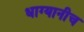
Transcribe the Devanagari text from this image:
धाग्यानीच